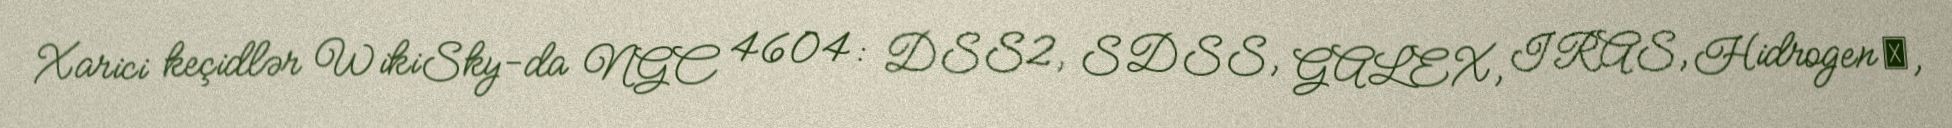
Xarici keçidlər WikiSky-da NGC 4604: DSS2, SDSS, GALEX, IRAS, Hidrogen α,